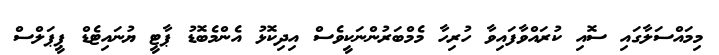
މިމައްސަލާގައި ސޮއި ކުރައްވާފައިވާ ހުރިހާ މެމްބަރުންނަކީވެސް އިދިކޮޅު އެންމެބޮޑު ޕާޓީ ޔުނައިޓެޑް ޕީޕަލްސް